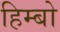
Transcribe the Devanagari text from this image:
हिम्बो